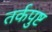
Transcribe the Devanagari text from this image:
तर्कपुष्ट